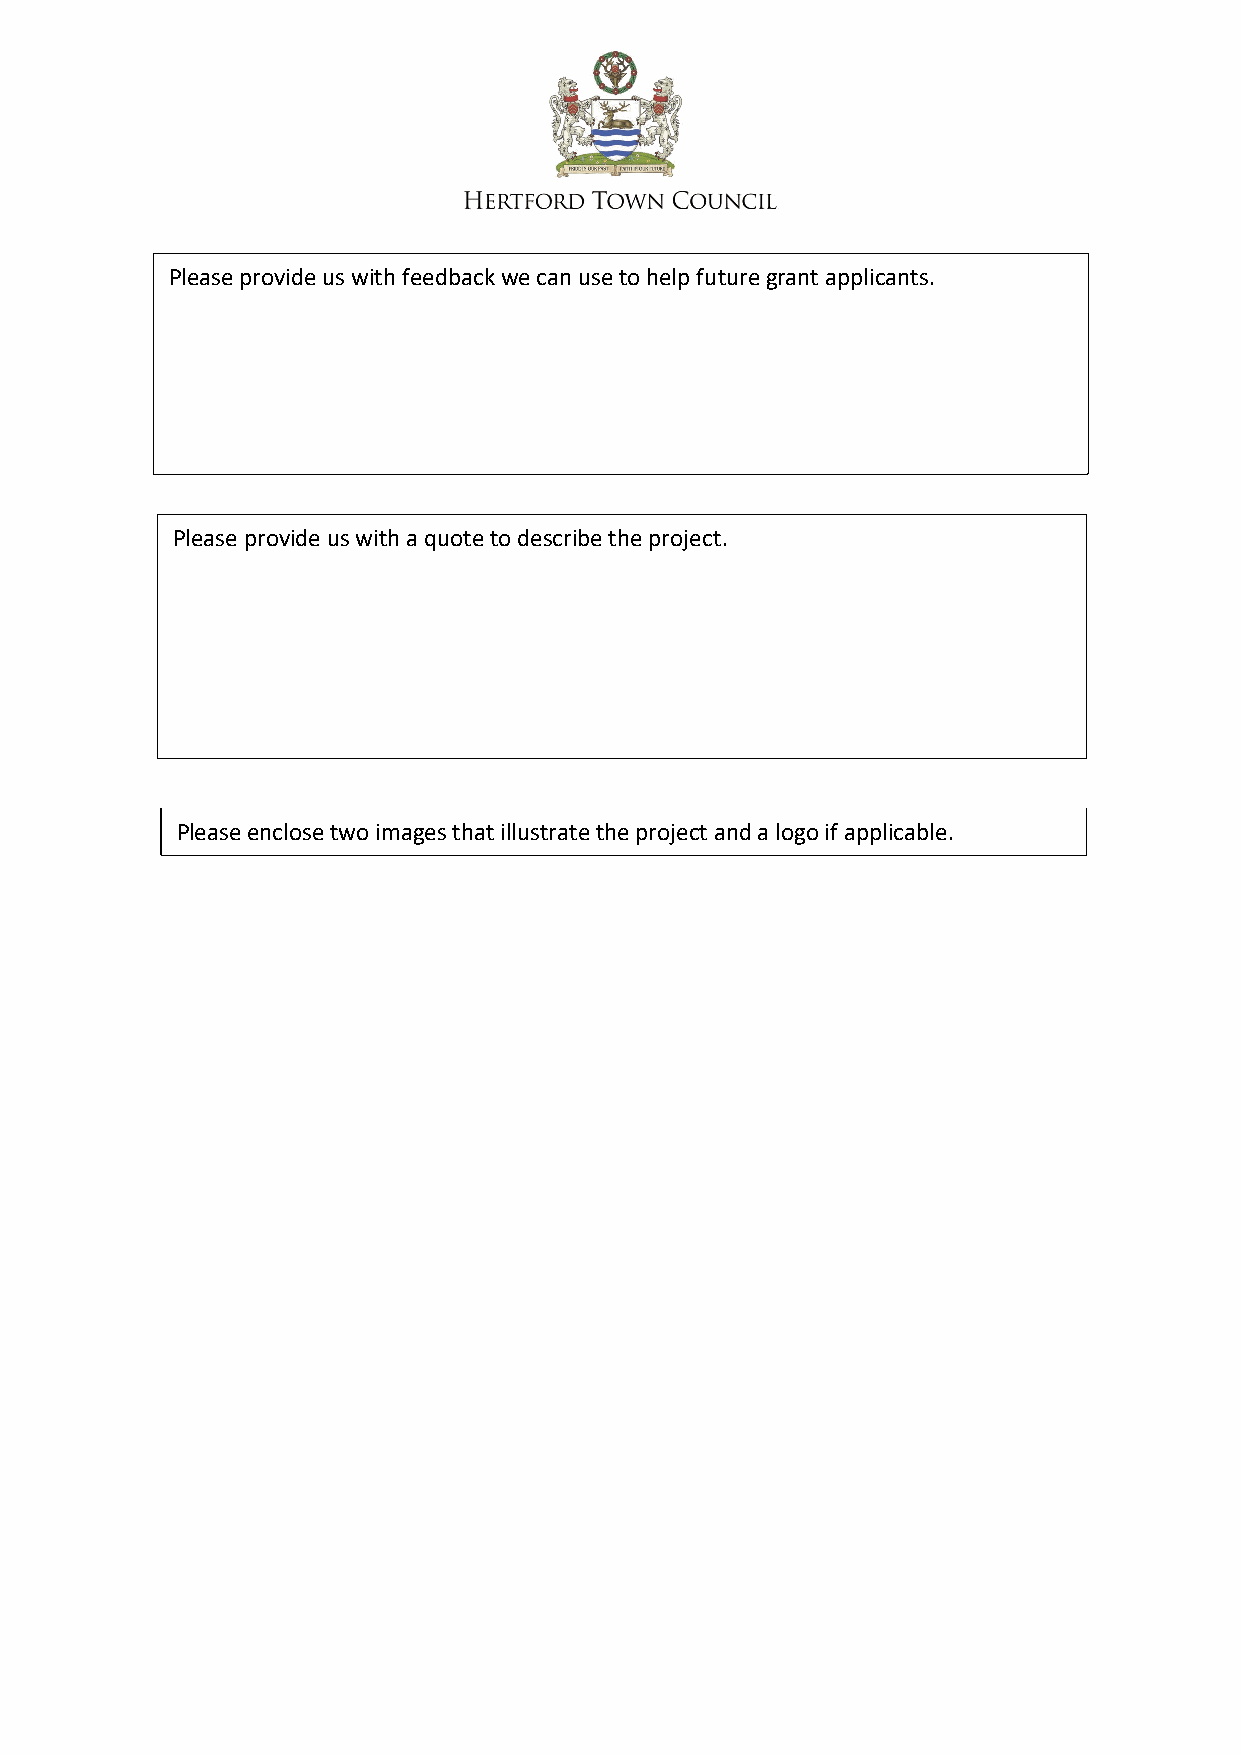
Please provide us with feedback we can use to help future grant applicants.
 Please provide us with a quote to describe the project.
 Please enclose two images that illustrate the project and a logo if applicable.